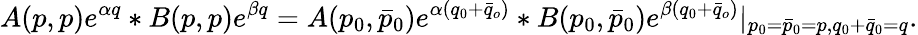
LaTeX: A(p,p)e^{\alpha q}*B(p,p)e^{\beta q}=A(p_{0},\bar{p}_{0})e^{\alpha(q_{0}+\bar{q}_{o})}*B(p_{0},\bar{p}_{0})e^{\beta(q_{0}+\bar{q}_{o})}|_{p_{0}=\bar{p}_{0}=p,q_{0}+\bar{q}_{0}=q}.